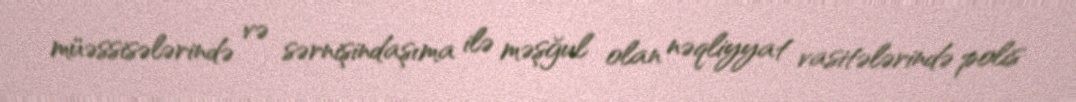
müəssisələrində və sərnişindaşıma ilə məşğul olan nəqliyyat vasitələrində polis